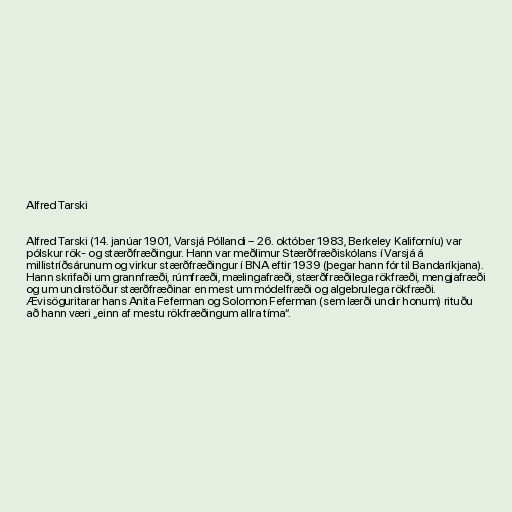
Alfred Tarski

Alfred Tarski (14. janúar 1901, Varsjá Póllandi – 26. október 1983, Berkeley Kaliforníu) var
pólskur rök- og stærðfræðingur. Hann var meðlimur Stærðfræðiskólans í Varsjá á
millistríðsárunum og virkur stærðfræðingur í BNA eftir 1939 (þegar hann fór til Bandaríkjana).
Hann skrifaði um grannfræði, rúmfræði, mælingafræði, stærðfræðilega rökfræði, mengjafræði
og um undirstöður stærðfræðinar en mest um módelfræði og algebrulega rökfræði.
Ævisöguritarar hans Anita Feferman og Solomon Feferman (sem lærði undir honum) rituðu
að hann væri „einn af mestu rökfræðingum allra tíma“.